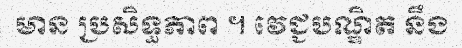
មាន ប្រសិទ្ធភាព ។ វេជ្ជបណ្ឌិត នឹង